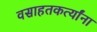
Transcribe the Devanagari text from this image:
वसाहतकर्त्यांना